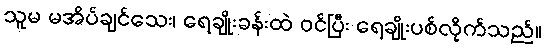
သူမ မအိပ်ချင်သေး၊ ရေချိုးခန်းထဲ ဝင်ပြီး ရေချိုးပစ်လိုက်သည်။